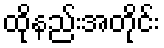
ထိုနည်းအတိုင်း